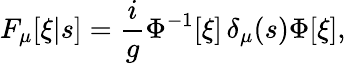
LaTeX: F_{\mu}[\xi|s]=\frac{i}{g}\Phi^{-1}[\xi]\, \delta_{\mu}(s)\Phi[\xi],